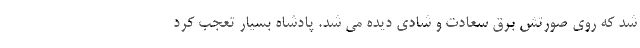
شد که روی صورتش برق سعادت و شادی دیده می شد. پادشاه بسیار تعجب کرد